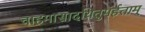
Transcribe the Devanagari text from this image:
चाहमासादयितुमर्हताम्‌